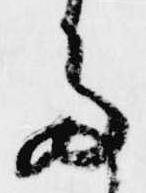
多